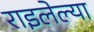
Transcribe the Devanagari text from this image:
राइलेल्या